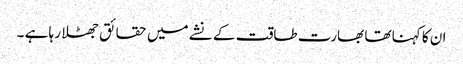
ان کا کہنا تھا بھارت طاقت کے نشے میں حقائق جھٹلا رہا ہے ۔